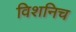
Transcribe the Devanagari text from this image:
विशनिच